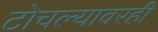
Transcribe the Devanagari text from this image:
टोचल्यावरही